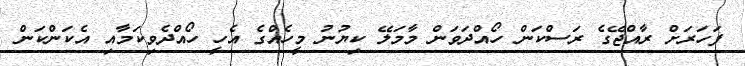
ފަހަރަށް ރާއްޖޭގެ ރަސްކަން ހޯއްދަވަން މާމަލޭ ކިޔުނު މީހެއްގެ އެހީ ހޯއްދެވިކަމާއި އެކަންކަން